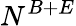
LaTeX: N^{B+E}